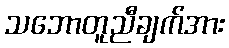
သဘောတူညီချက်အား